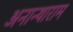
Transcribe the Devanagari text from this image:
अनान्थाराम